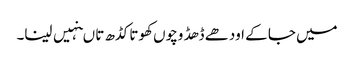
میں جا کے اودھے ڈھڈ وچوں کھوتا کڈھ تا ںنہیں لینا۔